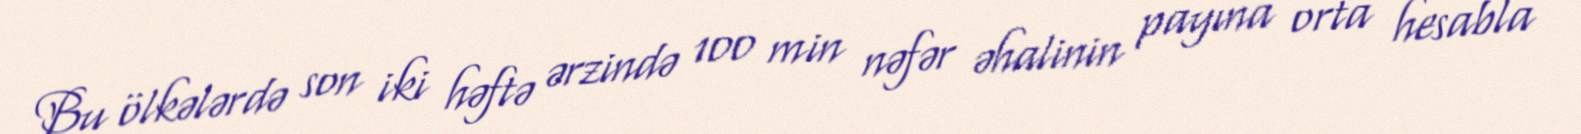
Bu ölkələrdə son iki həftə ərzində 100 min nəfər əhalinin payına orta hesabla